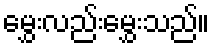
မွှေးလည်းမွှေးသည်။